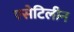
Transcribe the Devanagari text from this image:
एसेटिलीन